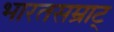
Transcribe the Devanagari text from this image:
भारतसम्राट्